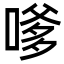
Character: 嗲